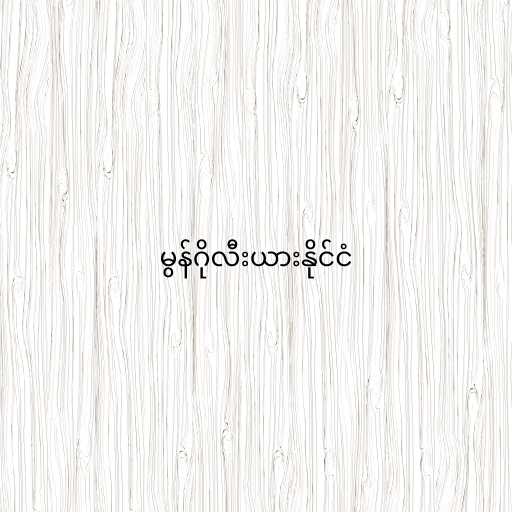
မွန်ဂိုလီးယားနိုင်ငံ